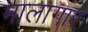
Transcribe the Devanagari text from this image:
मालागार